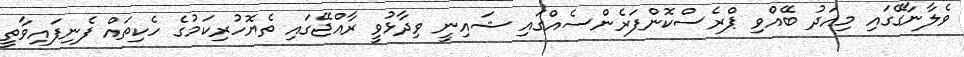
ވެލާނާގޭގައި މިއަަދު ބޭއްވި ޕްރެސްކޮންފަރެންސެއްގައި ޝައިނީ ވިދާޅުވީ ރާއްޖޭގައި ތެޔޮހުރިކަމުގެ ހެކިތައް ފެނިފައިވާތީ